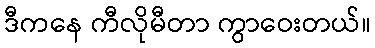
ဒီကနေ ကီလိုမီတာ ကွာဝေးတယ်။